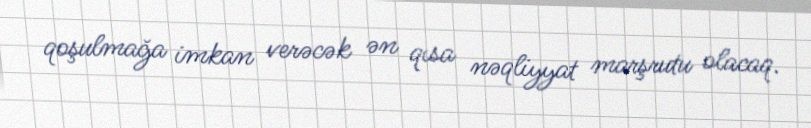
qoşulmağa imkan verəcək ən qısa nəqliyyat marşrutu olacaq.